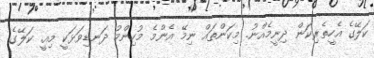
ކަލޭގެ އެހީތެރިކަން ދިނީމެއްނު. މިކަންތައް ނިމޭ އެންމެ މުހިންމު ދަނޑިވަޅަކީ މިއީ. ކަލޭގެ